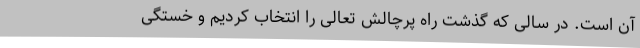
آن است. در سالی که گذشت راه پرچالش تعالی را انتخاب کردیم و خستگی